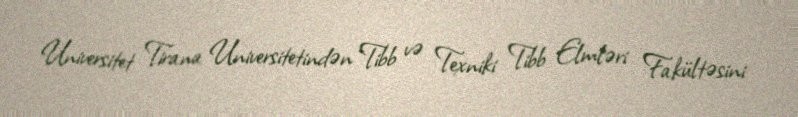
Universitet Tirana Universitetindən Tibb və Texniki Tibb Elmləri Fakültəsini